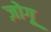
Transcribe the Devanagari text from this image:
ज़ोगू